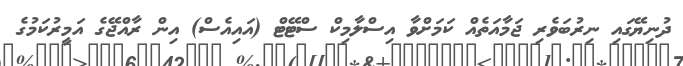
ދުނިޔޭގައި ނިރުބަވެރި ޖަމާއަތެއް ކަމަށްވާ އިސްލާމިކް ސްޓޭޓް (އައިއެސް) އިން ރާއްޖޭގެ އަމީރުކަމުގެ